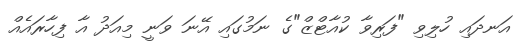
އަނދައި ހުލިވި "ފަރިވާ ކުއާޓްޒް"ގެ ނަމުގައި އޭނަ ވަނީ މިއަދު އާ ފިހާރައެއް